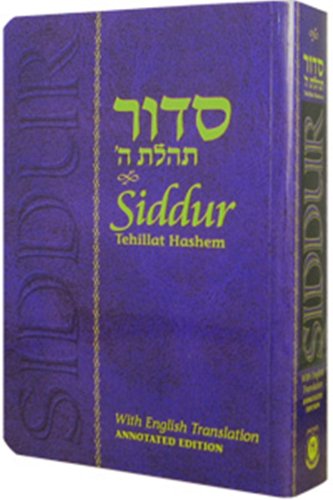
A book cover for Siddur Annotated English Paperback Compact Edition; Rabbi Schneur Zalman of Liadi; Religion & Spirituality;